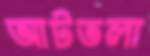
আটতলা